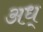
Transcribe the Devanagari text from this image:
अध्